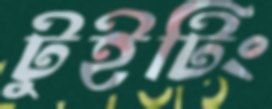
টুইটিং